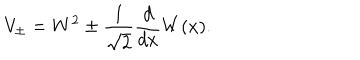
V _ { \pm } = W ^ { 2 } \pm \frac { 1 } { \sqrt { 2 } } \frac { d } { d x } W ( x ) .